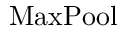
\operatorname { M a x P o o l }